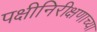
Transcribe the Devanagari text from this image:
पक्षीनिरीक्षणाच्या